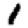
Digit: 1